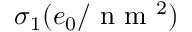
\sigma _ { 1 } ( e _ { 0 } / \textrm { n m } ^ { 2 } )